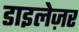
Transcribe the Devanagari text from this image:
डाइलेज़र